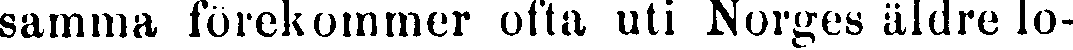
samma förekommer ofta uti Norges äldre lo-